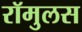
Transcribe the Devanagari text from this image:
रॉमुलस